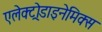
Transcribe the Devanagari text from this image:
एलेक्ट्रोडाइनेमिक्स